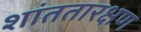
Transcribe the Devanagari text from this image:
शांततारक्षण